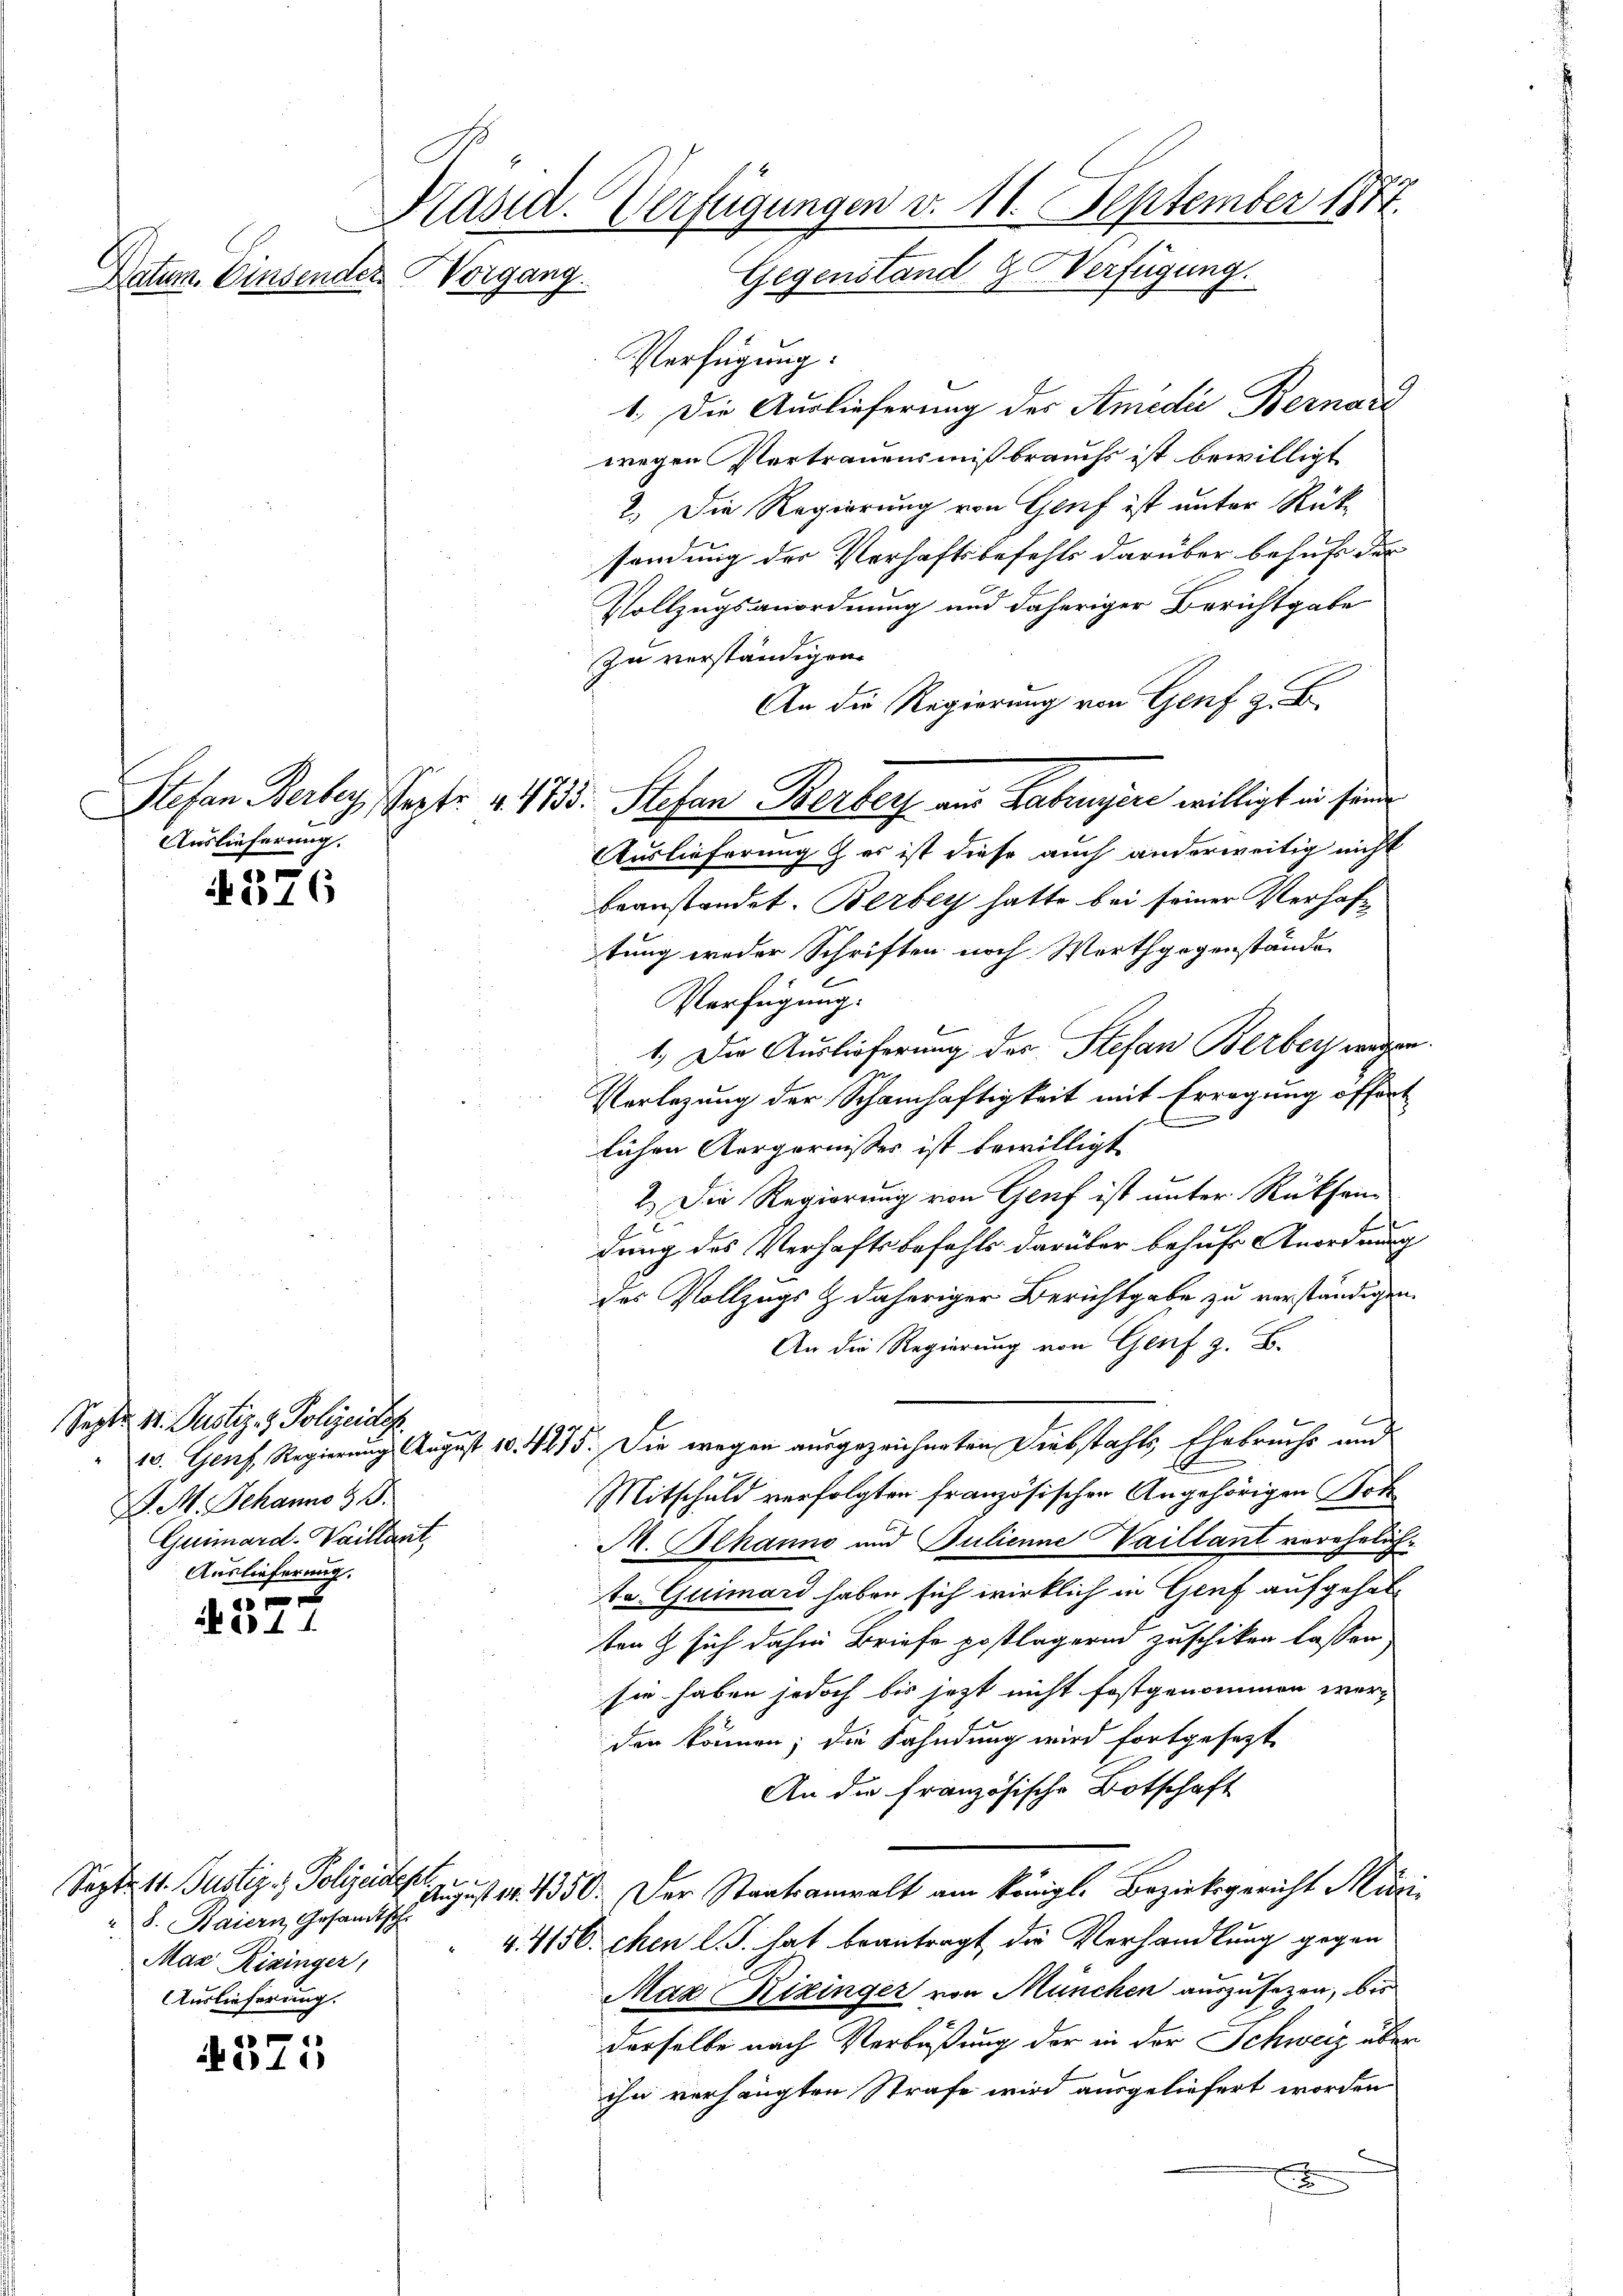
Auslieferung.

.
 576

Sept. d. Justiz- & Polizeidig
S. M. Johanno 18.
Guimard-Waillant,
Auslieferung.

20 x
ak am 4.

371

Präsid. Verfügungen v. 11. September 1884.
Gegenstand Verfügung.
Datum. Einsenden Vorgang.

Verfügung:
1.) Die Auslieferung des Amidii Bernari
wegen Vertrauensmißbrauchs ist bewilligt
2.) Die Regierung von Genf ist unter Rüksendung der Verhaftsbefehls darüber behuf der
Vollzugsanordnung und daheriger Berichtgabe
zu verständigen.
An die Regierung von Genf z. B.
Auslieferung & es ist diese auch anderweitig nicht
beanstandet. Berbey hatte bei seiner Verhaftung weder Schriften noch Worthgegenstände
Verfügung.
1. Die Auslieferung des Stefan Berbey wegen.
Vorlegung der Schamhaftigkeit mit Erregung öffent
.
lichen Aergernisses ist bewilligt
2.) Die Regierung von Genf ist unter Rüksam
A
gung des Verhaftsbefehls darüber behufe Anordnung
des Vollzugs & daheriger Berichtgabe zu verständigen.
An die Regierung von Genf z. B.
10. Genf, Regierung August 10. 4475. Die wegen ausgezeichneten Diebstahls Ehebruchs und
Mitschuld verfolgten französischen Angehörigen Bot
A. Behanne und Julienne Vaillant verehelichte Quimard haben sich wirklich in Genf aufgehalten & sich dahin Briefe postlagernd zuschiken lassen
sie haben jedoch bis jetzt nicht festgenommen werden können; die Fahndung wird fortgesezt
An die französische Botschaft
Der Staatsanwalt am Königl. Bezirksgericht Miri¬
August 14. 4350.
44156. chen l. J. hat beantragt die Verhandlung gegen
Maz Rizinger von München auszusezen, bis
derselbe nach Verbüßung der in der Schweiz über
ihn verhängten Strafe wird ausgeliefert worden
.

Sept. 11. Justiz- & Polizeidest.
8. Maiern, Gesandtsch
Max Rizinger,
Auslieferung.

Stefan Berbey, Septr. v. 1785. Stefan Berber aus Labungere willigt in seine